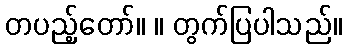
တပည့်တော်။ ။ တွက်ပြပါသည်။